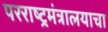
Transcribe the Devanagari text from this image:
परराष्ट्रमंत्रालयाचा